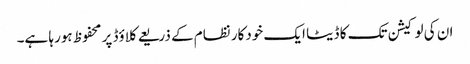
ان کی لوکیشن تک کا ڈیٹا ایک خودکار نظام کے ذریعے کلاؤڈ پر محفوظ ہورہا ہے۔